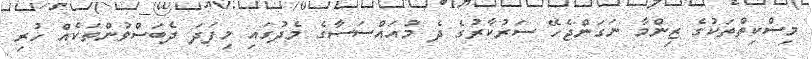
މިސްކިތްތަކުގެ ޒިންމާ ނަގަންޖެހޭ ސަރުކާރުގެ ދެ މުއައްސަސާގެ މެދުގައި މިފަދަ ދެބަސްވުންތަކެއް ހުރި